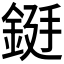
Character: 𮡻